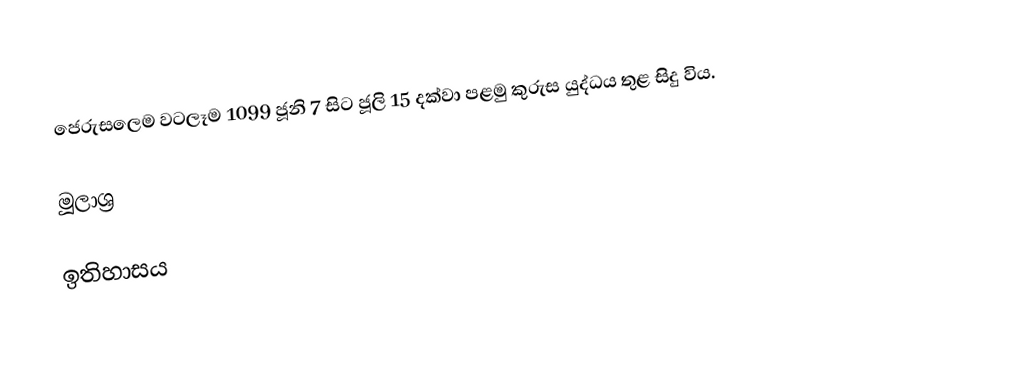
ජෙරුසලෙම වටලෑම 1099 ජූනි 7 සිට ජූලි 15 දක්වා පළමු කුරුස යුද්ධය තුළ සිදු විය.

මූලාශ්‍ර

ඉතිහාසය